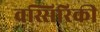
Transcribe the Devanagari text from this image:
वस्सिरिकी